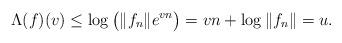
LaTeX: \begin{align*}\Lambda (f)(v) \leq \log \big( \Vert f_n \Vert e^{vn} \big)= vn + \log \Vert f_n \Vert = u.\end{align*}